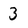
Character: 3